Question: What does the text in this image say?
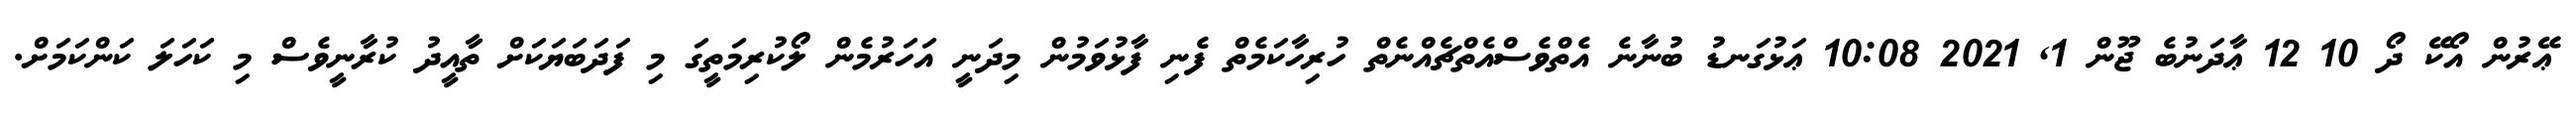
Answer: ޢޭރުން އޯކޭ ދޯ 10 12 ޢާދަނުބެ ޖޫން 1, 2021 10:08 ޢަޅުގަނޑު ބުނާނެ އެތްވެސްއެތްޗެއްނެތް ހުރިހާކަމެތް ފެނި ފާޅުވަމުން މިދަނީ އަހަރުމެން ލޯކުރިމަތީގަ މި ފަދަބަޔަކަށް ތާއީދު ކުރާނީވެސް މި ކަހަލަ ކަންކަމަށް.